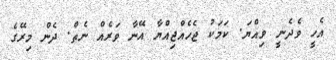
އެހީ ވެދެނީ ވިއްޔަ. ކަމަކު ޖެހެއްޖިއްޔާ އޭނާ ވަރެއް ނެތް. ދެން މިރޭގެ